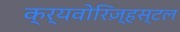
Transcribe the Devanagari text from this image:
क्र्यवोरिज़्हस्टल